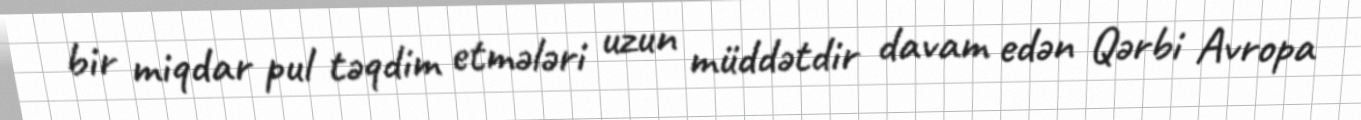
bir miqdar pul təqdim etmələri uzun müddətdir davam edən Qərbi Avropa